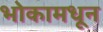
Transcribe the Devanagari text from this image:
भोकामधून